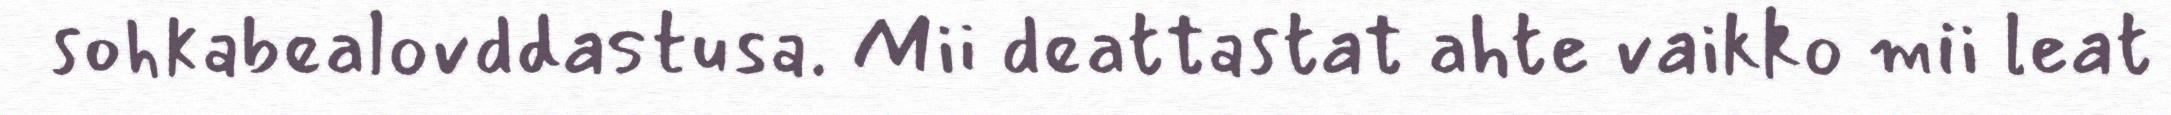
sohkabealovddastusa. Mii deattastat ahte vaikko mii leat